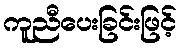
ကူညီပေးခြင်းဖြင့်